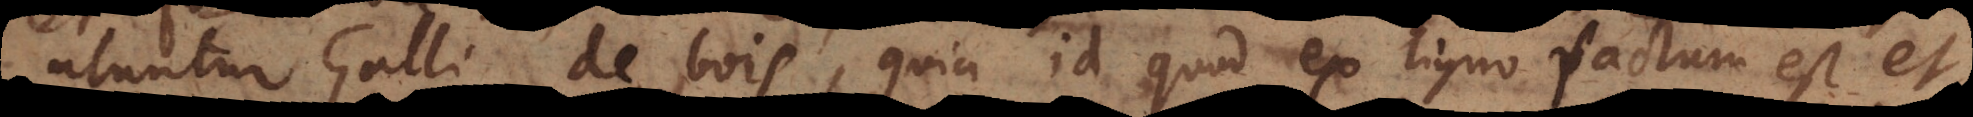
utuntur Galli de bois, quia id quod ex ligno factum est